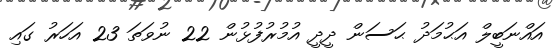
އައްނަބީލް އަޙުމަދު ޙަސަން ދީދީ އުމުރުފުޅުން 22 ނުވަތަ 23 އަހަރު ގައި